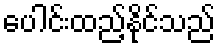
ပေါင်းထည့်နိုင်သည်